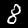
Digit: 8